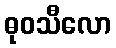
ဓုဝသီလော